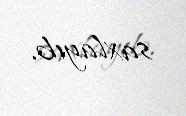
saxlayıb.